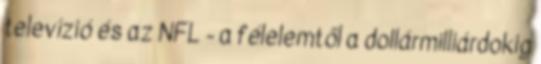
televízió és az NFL - a félelemtől a dollármilliárdokig